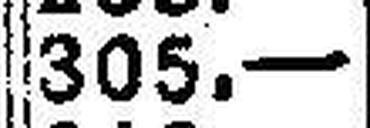
305.—